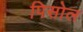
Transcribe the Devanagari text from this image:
पिसोल